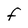
Character: F